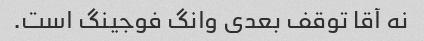
نه آقا توقف بعدی وانگ فوجینگ است.